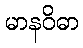
မာနဝိဓာ